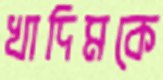
খাদিমকে